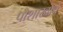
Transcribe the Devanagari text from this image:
पोशाखाचे